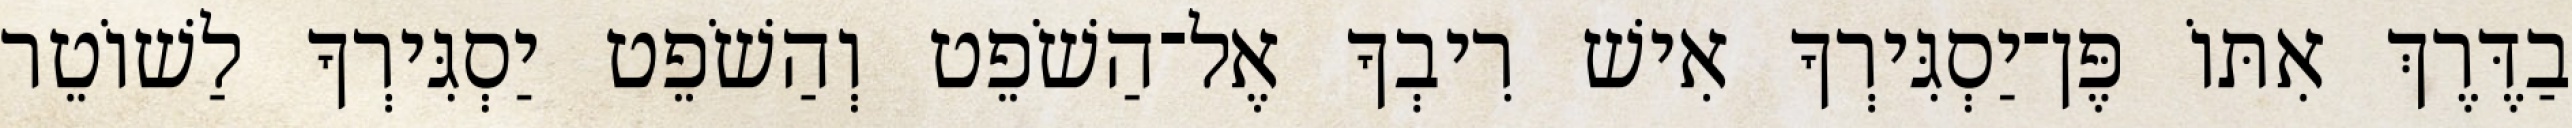
בַדֶּרֶךְ אִתּוֹ פֶּן־יַסְגִּירְךָ אִישׁ רִיבְךָ אֶל־הַשֹׁפֵט וְהַשֹׁפֵט יַסְגִּירְךָ לַשׁוֹטֵר